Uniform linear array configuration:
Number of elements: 32
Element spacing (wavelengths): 0.25
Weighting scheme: cosine
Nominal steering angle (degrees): -45
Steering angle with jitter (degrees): -43.6
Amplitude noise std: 0.05
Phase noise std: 0.05

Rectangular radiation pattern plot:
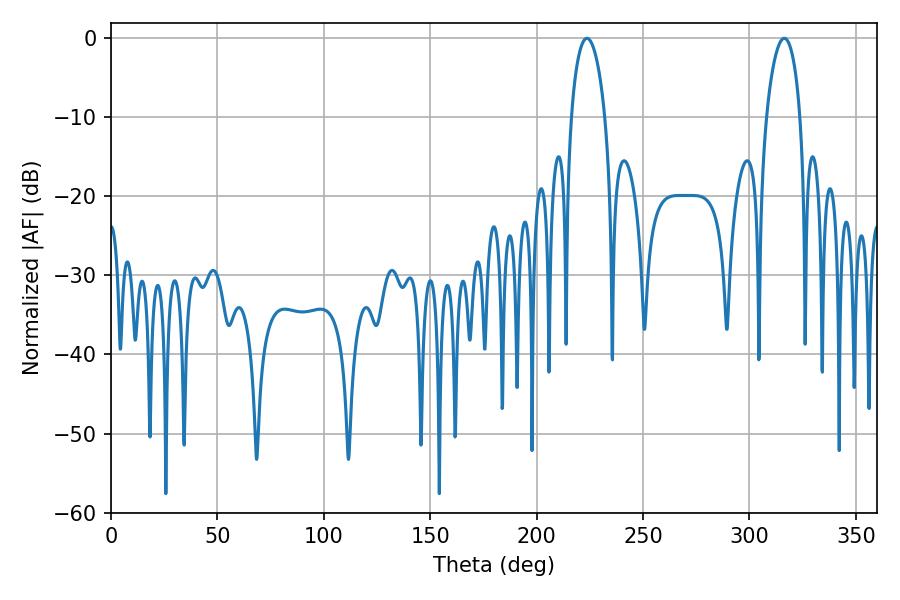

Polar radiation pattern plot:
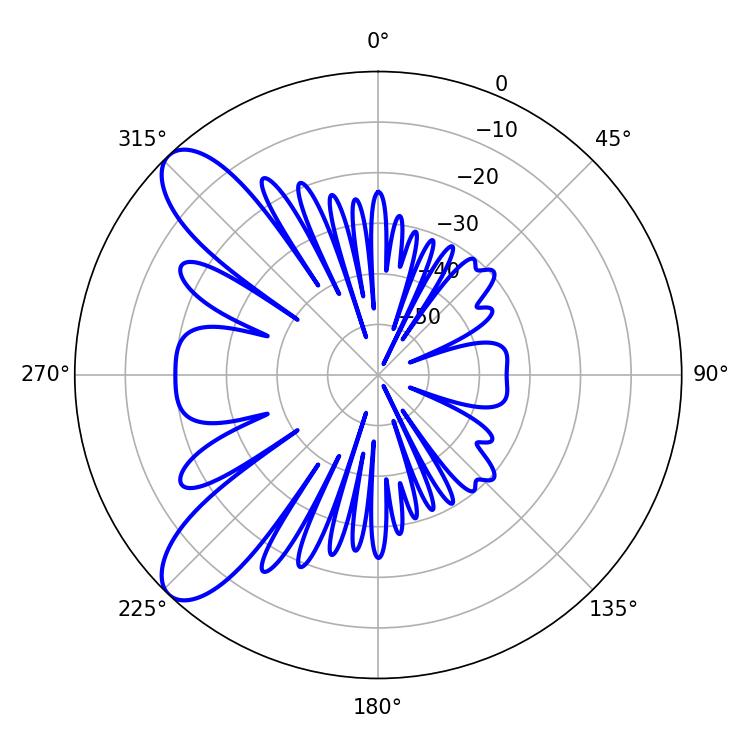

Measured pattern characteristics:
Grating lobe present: FALSE
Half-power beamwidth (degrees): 9.18
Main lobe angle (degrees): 223.56